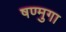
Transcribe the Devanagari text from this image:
षण्मुगा